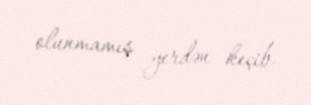
olunmamış yerdən keçib.